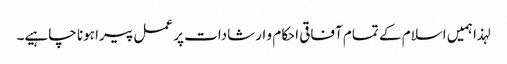
لہذا ہمیں اسلام کے تمام آفاقی احکام و ارشادات پر عمل پیرا ہونا چاہیے۔